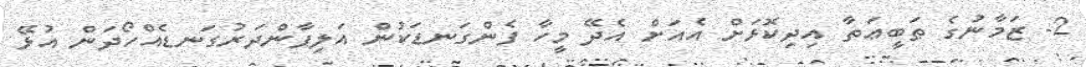
2- ޒަމާނުގެ ޠަބީޢަތާ އިދިކޮޅަށް އެއަށް އެދޭ މީހާ ފެންގަނޑަކުން އަލިފާންދަރުގަނޑެއްހޯދަން އުޅޭ